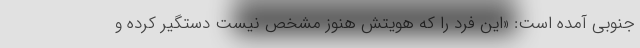
جنوبی آمده است: «این فرد را که هویتش هنوز مشخص نیست دستگیر کرده و